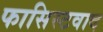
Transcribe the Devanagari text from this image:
फासिस्टवाद